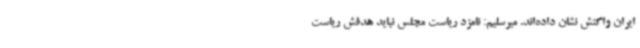
ایران واکنش نشان داده‌اند. میرسلیم: نامزد ریاست مجلس نباید هدفش ریاست